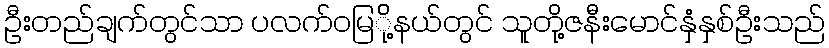
ဦးတည်ချက်တွင်သာ ပလက်ဝမြ်ို့နယ်တွင် သူတို့ဇနီးမောင်နှံနှစ်ဦးသည်